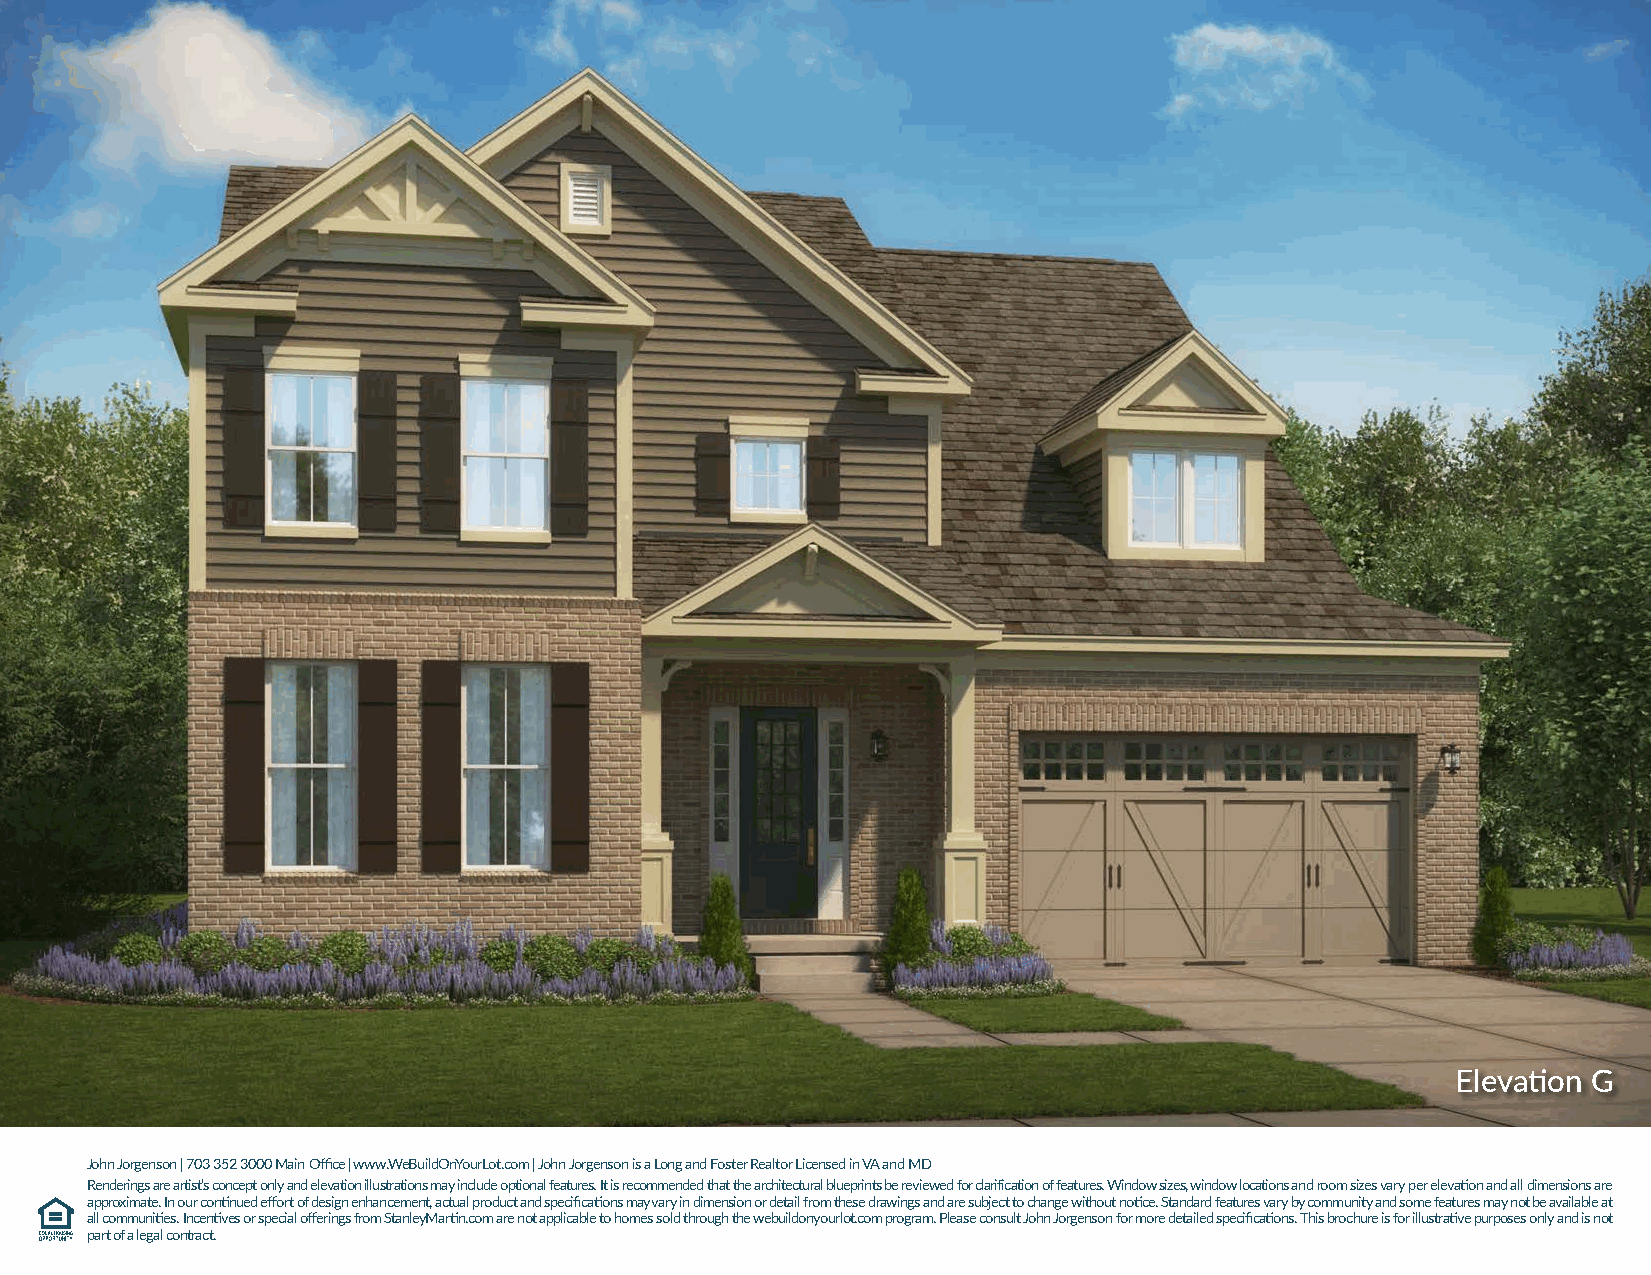
Elevation G
 John Jorgenson | 703 352 3000 Main Office | www.WeBuildOnYourLot.com | John Jorgenson is a Long and Foster Realtor Licensed in VA and MD
 Renderings are artist’s concept only and elevation illustrations may include optional features. It is recommended that the architectural blueprints be reviewed for clarification of features. Window sizes, window locations and room sizes vary per elevation and all dimensions are
 approximate. In our continued effort of design enhancement, actual product and specifications may vary in dimension or detail from these drawings and are subject to change without notice. Standard features vary by community and some features may not be available at
 all communities. Incentives or special offerings from StanleyMartin.com are not applicable to homes sold through the webuildonyourlot.com program. Please consult John Jorgenson for more detailed specifications. This brochure is for illustrative purposes only and is not
 part of a legal contract.